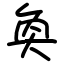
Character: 奐